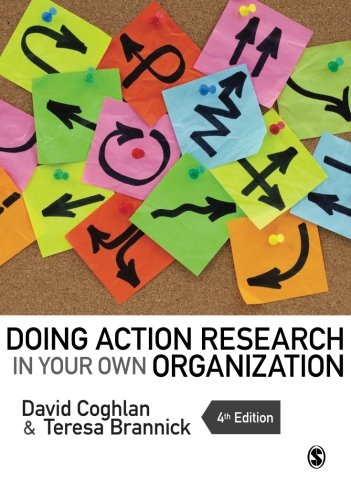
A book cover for Doing Action Research in Your Own Organization; David Coghlan; Politics & Social Sciences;